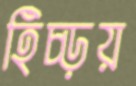
হিঁচ্‌ড়য়